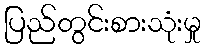
ပြည်တွင်းစားသုံးမှု